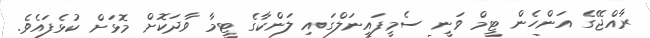
ރާއްޖޭގެ އަންހެން ޓީމް ވަނީ ސެމީފައިނަލްގައި ލަންކާގެ ޓީމާ ވާދަކޮށް މޮޅަށް ކުޅެފައެވެ.